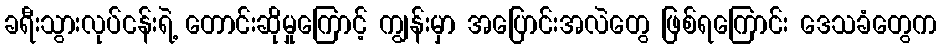
ခရီးသွားလုပ်ငန်းရဲ့ တောင်းဆိုမှုကြောင့် ကျွန်းမှာ အပြောင်းအလဲတွေ ဖြစ်ရကြောင်း ဒေသခံတွေက